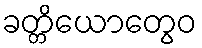
ခတ္တိယောတွေဝ